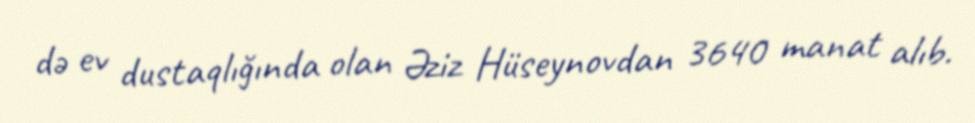
də ev dustaqlığında olan Əziz Hüseynovdan 3640 manat alıb.